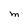
Character: M